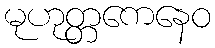
မုဟုတ္တကေနေဝ